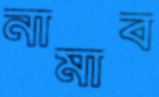
নামাব